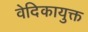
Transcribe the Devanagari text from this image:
वेदिकायुक्त